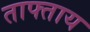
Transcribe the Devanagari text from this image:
ताफ्ताय